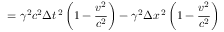
= \gamma ^ { 2 } c ^ { 2 } \Delta t ^ { \, 2 } \left( 1 - { \frac { v ^ { 2 } } { c ^ { 2 } } } \right) - \gamma ^ { 2 } \Delta x ^ { \, 2 } \left( 1 - { \frac { v ^ { 2 } } { c ^ { 2 } } } \right)